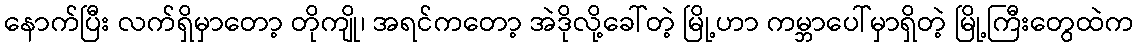
နောက်ပြီး လက်ရှိမှာတော့ တိုကျို၊ အရင်ကတော့ အဲဒိုလို့ခေါ်တဲ့ မြို့ဟာ ကမ္ဘာပေါ်မှာရှိတဲ့ မြို့ကြီးတွေထဲက